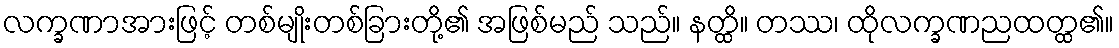
လက္ခဏာအားဖြင့် တစ်မျိုးတစ်ခြားတို့၏ အဖြစ်မည် သည်။ နတ္ထိ။ တဿ၊ ထိုလက္ခဏညထတ္ထ၏။